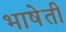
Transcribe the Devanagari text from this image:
भाषेती